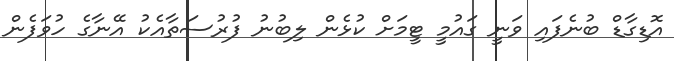
އޮޑިގާޑް ބުނެފައި ވަނީ ގައުމީ ޓީމަށް ކުޅެން ލިބުނު ފުރުސަތާއެކު އޭނާގެ ހުވަފެން